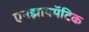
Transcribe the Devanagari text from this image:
एनझायमॅटिक